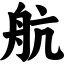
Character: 航